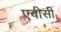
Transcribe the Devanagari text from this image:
एवीसी